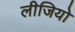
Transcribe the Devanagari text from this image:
लीजियो